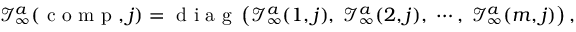
\mathcal { I } _ { \infty } ^ { a } ( \mathrm { ~ c ~ o ~ m ~ p ~ } , j ) = \mathrm { ~ d ~ i ~ a ~ g ~ } \left( \mathcal { I } _ { \infty } ^ { a } ( 1 , j ) , \; \mathcal { I } _ { \infty } ^ { a } ( 2 , j ) , \; \cdots , \; \mathcal { I } _ { \infty } ^ { a } ( m , j ) \right) ,